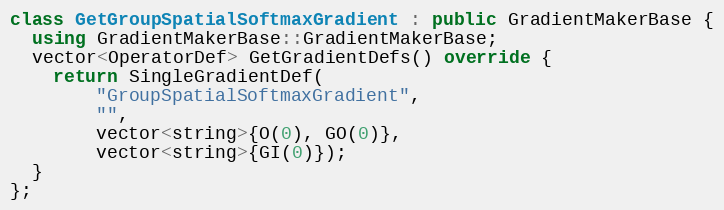
Language: C++
class GetGroupSpatialSoftmaxGradient : public GradientMakerBase {
  using GradientMakerBase::GradientMakerBase;
  vector<OperatorDef> GetGradientDefs() override {
    return SingleGradientDef(
        "GroupSpatialSoftmaxGradient",
        "",
        vector<string>{O(0), GO(0)},
        vector<string>{GI(0)});
  }
};